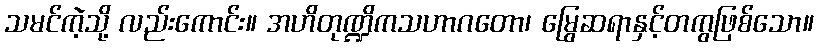
သမင်ကဲ့သို့ လည်းကောင်း။ အဟိတုဏ္ဍိကသဟာဂတော၊ မြွေဆရာနှင့်တကွဖြစ်သော။